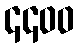
၄၄၀၀